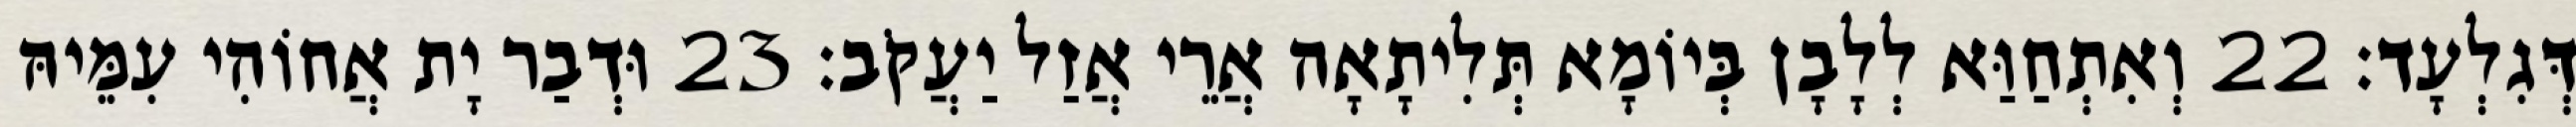
דְּגִלְעָד׃ 22 וְאִתְחַוַּא לְלָבָן בְּיוֹמָא תְּלִיתָאָה אֲרֵי אֲזַל יַעֲקֹב׃ 23 וּדְבַר יָת אֲחוֹהִי עִמֵּיהּ